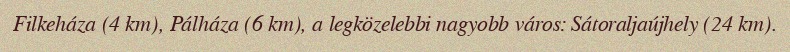
Filkeháza (4 km), Pálháza (6 km), a legközelebbi nagyobb város: Sátoraljaújhely (24 km).